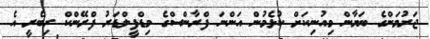
ޖަރުމަންގެ ބަޔާން މިއުނިކަށް ކުޅެމުން އަންނަ ފްރާންސްގެ މިޑްފީލްޑަރު ފްރޭންކް ރިބެރީ އެ